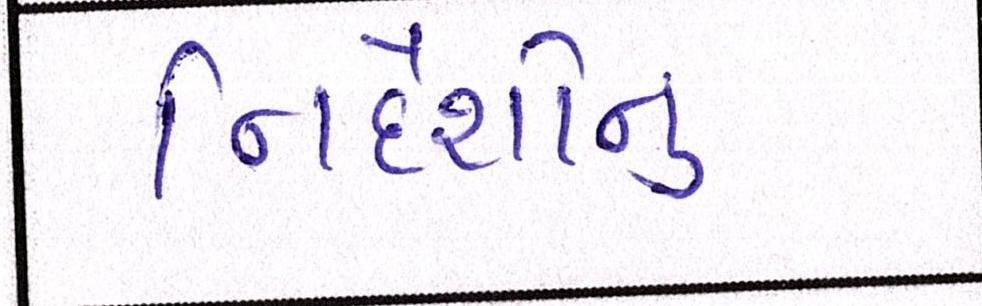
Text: નિર્દેશોનું